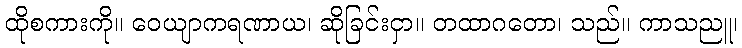
ထိုစကားကို။ ဝေယျာကရဏာယ၊ ဆိုခြင်းငှာ။ တထာဂတော၊ သည်။ ကာသညူ၊